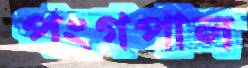
পংগপাল